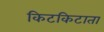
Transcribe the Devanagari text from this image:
किटकिटाता